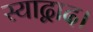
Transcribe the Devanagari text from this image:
स्याद्वाद।